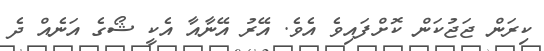
ކިރަން ޖަޖުކަން ކޮށްފައިވެ އެވެ. އޭރު އޭނާއާ އެކީ ޝޯގެ އަނެއް ދެ